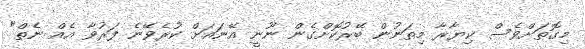
މިގޮތަށްވެސް ކިޔާރާ މިތަނުން ބޭރުކޮށްގެން ނޫނީ އޭނައަށް ކުރެވޭނެ ފަރުވާ އެއް ނެތް"